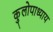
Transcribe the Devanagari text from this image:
कुलोपाध्याय